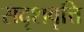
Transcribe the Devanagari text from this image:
सदृशवृत्ति